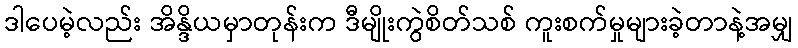
ဒါပေမဲ့လည်း အိန္ဒိယမှာတုန်းက ဒီမျိုးကွဲစိတ်သစ် ကူးစက်မှုများခဲ့တာနဲ့အမျှ